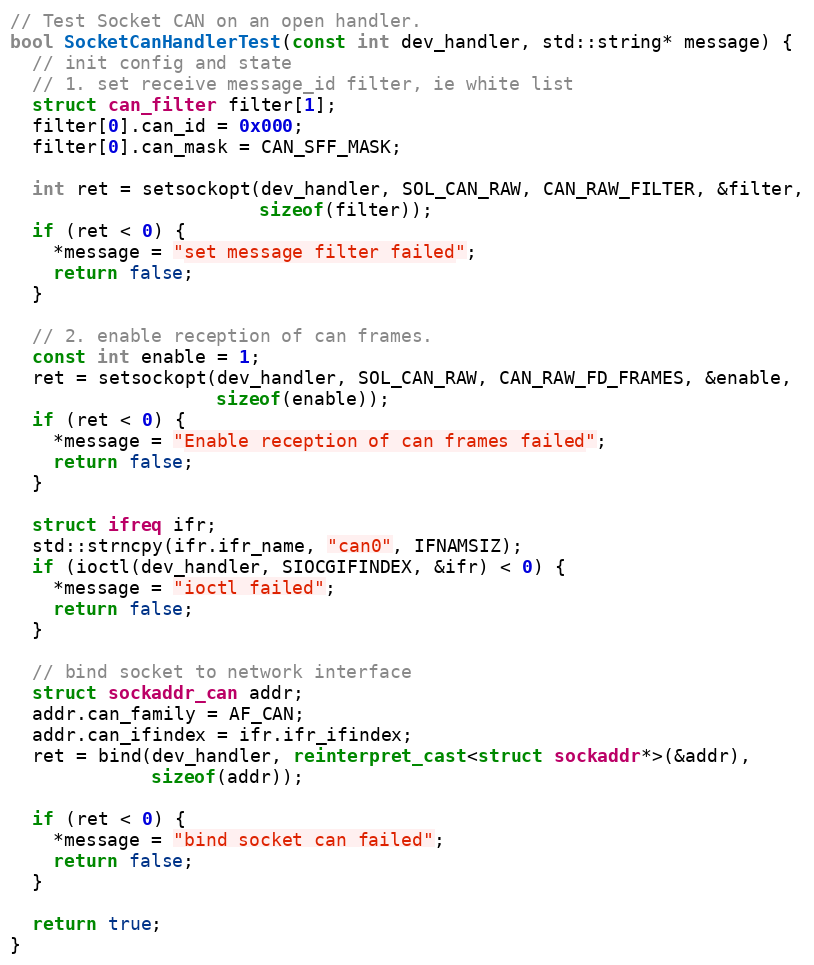
Language: C++
// Test Socket CAN on an open handler.
bool SocketCanHandlerTest(const int dev_handler, std::string* message) {
  // init config and state
  // 1. set receive message_id filter, ie white list
  struct can_filter filter[1];
  filter[0].can_id = 0x000;
  filter[0].can_mask = CAN_SFF_MASK;

  int ret = setsockopt(dev_handler, SOL_CAN_RAW, CAN_RAW_FILTER, &filter,
                       sizeof(filter));
  if (ret < 0) {
    *message = "set message filter failed";
    return false;
  }

  // 2. enable reception of can frames.
  const int enable = 1;
  ret = setsockopt(dev_handler, SOL_CAN_RAW, CAN_RAW_FD_FRAMES, &enable,
                   sizeof(enable));
  if (ret < 0) {
    *message = "Enable reception of can frames failed";
    return false;
  }

  struct ifreq ifr;
  std::strncpy(ifr.ifr_name, "can0", IFNAMSIZ);
  if (ioctl(dev_handler, SIOCGIFINDEX, &ifr) < 0) {
    *message = "ioctl failed";
    return false;
  }

  // bind socket to network interface
  struct sockaddr_can addr;
  addr.can_family = AF_CAN;
  addr.can_ifindex = ifr.ifr_ifindex;
  ret = bind(dev_handler, reinterpret_cast<struct sockaddr*>(&addr),
             sizeof(addr));

  if (ret < 0) {
    *message = "bind socket can failed";
    return false;
  }

  return true;
}